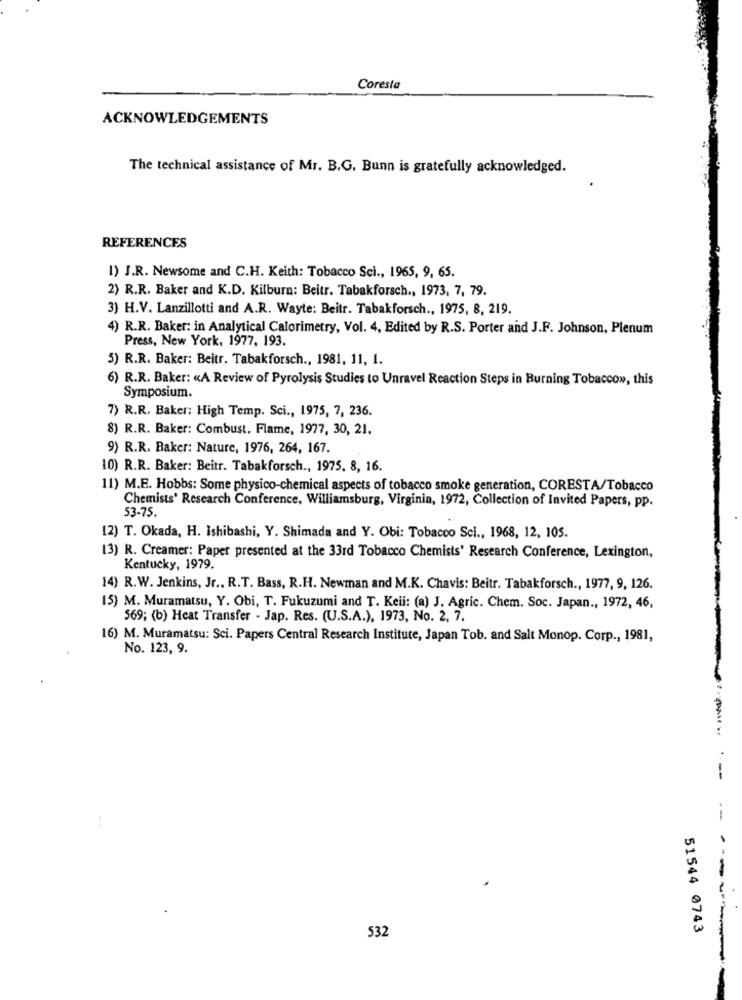
Coresta
ACKNOWLEDGEMENTS
The technical assistance of Mr. B.G. Bunn is gratefully acknowledged.
REFERENCES
1) J.R. Newsome and C.H. Keith: Tobacco Sci ., 1965, 9, 65.
2) R.R. Baker and K.D. Kilburn: Beitr. Tabakforsch ., 1973, 7, 79.
3) H.V. Lanzillotti and A.R. Wayte: Beitr. Tabakforsch ., 1975, 8, 219.
4) R.R. Baker: in Analytical Calorimetry, Vol. 4, Edited by R.S. Porter and J.F. Johnson, Plenum
Press, New York, 1977, 193.
5) R.R. Baker: Beitr. Tabakforsch ., 1981, 11, I.
6) R.R. Baker: «A Review of Pyrolysis Studies to Unravel Reaction Steps in Burning Tobacco», this
Symposium.
7) R.R. Baker: High Temp. Sci ., 1975, 7, 236.
8) R.R. Baker: Combust. Flame, 1977, 30, 21.
9) R.R. Baker: Nature, 1976, 264, 167.
10) R.R. Baker: Beitr. Tabakforsch ., 1975. 8, 16.
11) M.E. Hobbs: Some physico-chemical aspects of tobacco smoke generation, CORESTA/Tobacco
Chemists' Research Conference, Williamsburg, Virginia, 1972, Collection of Invited Papers, pp.
53-75.
(2) T. Okada, H. Ishibashi, Y. Shimada and Y. Obi: Tobacco Sci ., 1968, 12, 105.
13) R. Creamer: Paper presented at the 33rd Tobacco Chemists' Research Conference, Lexington,
Kentucky, 1979.
14) R.W. Jenkins, Jr ., R.T. Bass, R.H. Newman and M.K. Chavis: Beitr. Tabakforsch ., 1977, 9, 126.
15) M. Muramatsu, Y. Obi, T. Fukuzumi and T. Keii: (a) J. Agric. Chem. Soc. Japan ., 1972, 46,
569; (b) Heat Transfer - Jap. Res. (U.S.A.), 1973, No. 2. 7.
16) M. Muramatsu: Sci. Papers Central Research Institute, Japan Tob. and Salt Monop. Corp ., 1981,
No. 123, 9.
51544 0743
532